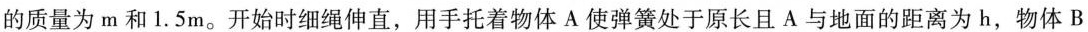
的质量为 m 和 1.5m。开始时细绳伸直，用手托着物体 A 使弹簧处于原长且 A 与地面的距离为 h，物体 B